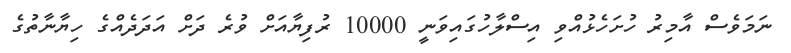
ނަމަވެސް އާމިރު ހުށަހެޅުއްވި އިސްލާހުގައިވަނީ 10000 ރުފިޔާއަށް ވުރެ ދަށް އަދަދެއްގެ ހިޔާނާތުގެ